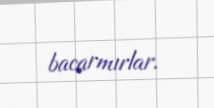
bacarmırlar.